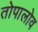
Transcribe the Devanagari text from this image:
तोपालोव